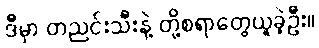
ဒီမှာ တညင်းသီးနဲ့ တို့စရာတွေယူခဲ့ဦး။